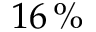
1 6 \, \%